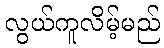
လွယ်ကူလိမ့်မည်